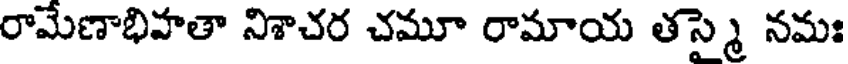
రామేణాభిహతా నిశాచర చమూ రామాయ తస్మై నమః